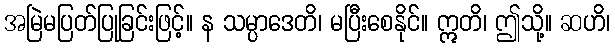
အမြဲမပြတ်ပြုခြင်းဖြင့်။ န သမ္ပာဒေတိ၊ မပြီးစေနိုင်။ ဣတိ၊ ဤသို့။ ဆဟိ၊